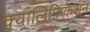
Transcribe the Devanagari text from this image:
क़्वालिफ़िकेशन